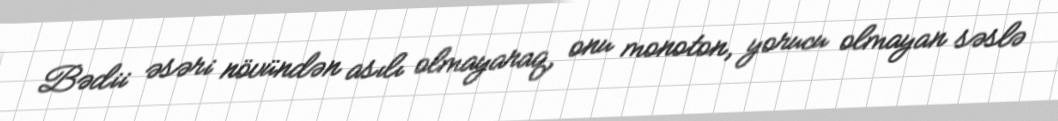
Bədii əsəri növündən asılı olmayaraq, onu monoton, yorucu olmayan səslə